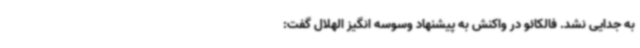
به جدایی نشد. فالکائو در واکنش به پیشنهاد وسوسه انگیز الهلال گفت: